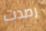
رصدت